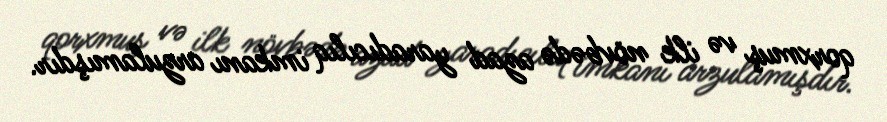
qorxmuş və ilk növbədə azad yaradıcılıq imkanı arzulamışdır.